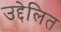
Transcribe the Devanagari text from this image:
उद्देलित